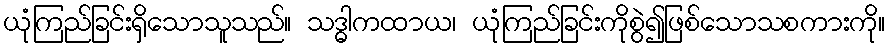
ယုံကြည်ခြင်းရှိသောသူသည်။ သဒ္ဓါကထာယ၊ ယုံကြည်ခြင်းကိုစွဲ၍ဖြစ်သောသစကားကို။